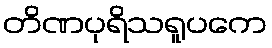
တိဏပုရိသရူပကေ